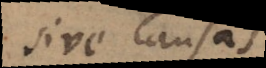
sive Causas